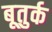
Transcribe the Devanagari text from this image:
बूतुर्क